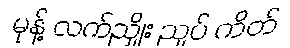
မုန့် လက်ညှိုး ညှပ် ကိတ်